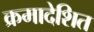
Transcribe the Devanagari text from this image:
क्रमादेशित